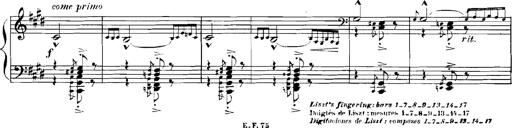
Title: Rhapsodies hongroises
Composer: Franz Liszt